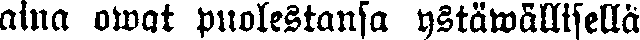
aina owat puolestansa ystäwällisellä